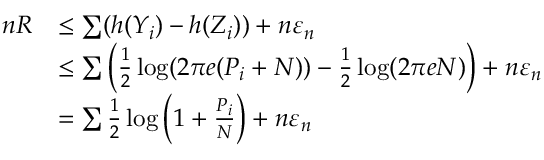
{ \begin{array} { r l } { n R } & { \leq \sum ( h ( Y _ { i } ) - h ( Z _ { i } ) ) + n \varepsilon _ { n } } \\ & { \leq \sum \left( { \frac { 1 } { 2 } } \log ( 2 \pi e ( P _ { i } + N ) ) - { \frac { 1 } { 2 } } \log ( 2 \pi e N ) \right) + n \varepsilon _ { n } } \\ & { = \sum { \frac { 1 } { 2 } } \log \left( 1 + { \frac { P _ { i } } { N } } \right) + n \varepsilon _ { n } } \end{array} }